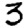
Digit: 3